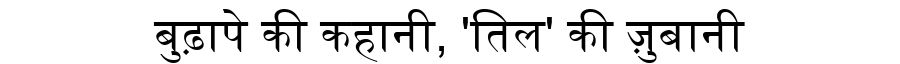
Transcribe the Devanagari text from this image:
बुढ़ापे की कहानी, 'तिल' की ज़ुबानी